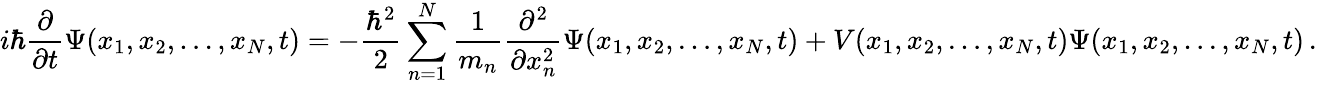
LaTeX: i\hbar{\frac{\partial}{\partial t}}\Psi(x_{1},x_{2},\ldots,x_{N},t)=-{\frac{\hbar^{2}}{2}}\sum_{n=1}^{N}{\frac{1}{m_{n}}}{\frac{\partial^{2}}{\partial x_{n}^{2}}}\Psi(x_{1},x_{2},\ldots,x_{N},t)+V(x_{1},x_{2},\ldots,x_{N},t)\Psi(x_{1},x_{2},\ldots,x_{N},t)\, .